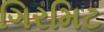
ગિરમિટ